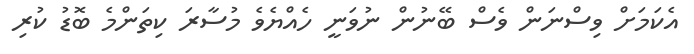
އެކަމަށް ވިސްނަން ވެސް ބޭނުން ނުވަނީ ހެއްޔެވެ މުސާރަ ކިތަންމެ ބޮޑު ކުރި